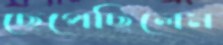
ছেপেছিলেম